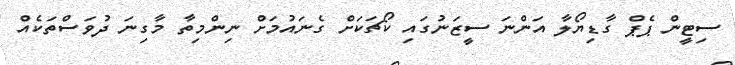
ސިޓީން ޕެޕް ގާޑިޔޯލާ އަންނަ ސީޒަނުގައި ކޯޗަކަށް ގެނައުމަށް ނިންމިތާ މާގިނަ ދުވަސްތަކެއް